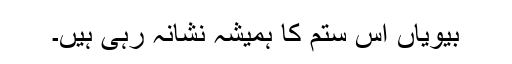
بیویاں اس ستم کا ہمیشہ نشانہ رہی ہیں۔